Plague in India, 1896, 1897 - Volume 3
Year: 1896
Disease focus: Plague
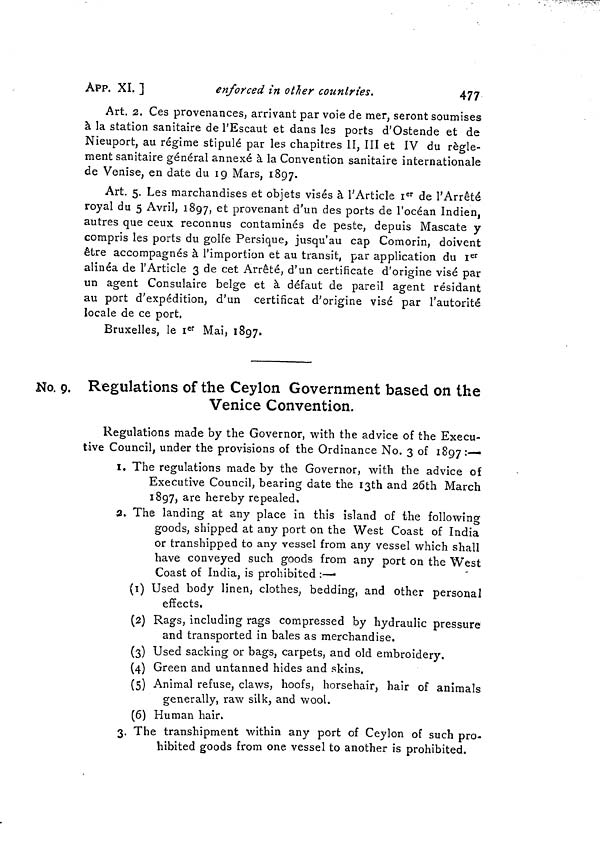
App. XI. ]
enforced in other countries.
477
Art. 2. Ces provenances, arrivant par voie de mer, seront soumises
à la station sanitaire de l'Escaut et dans les ports d'Ostende et de
Nieuport, au régime stipulé par les chapitres II, III et IV du règle-
ment sanitaire général annexé à la Convention sanitaire internationale
de Venise, en date du 19 Mars, 1897.
Art. 5. Les marchandises et objets visés à l'Article I er de l'Arrêté
royal du 5 Avril, 1897, et provenant d'un des ports de l'océan Indien,
autres que ceux reconnus contaminés de peste, depuis Máscate y
compris les ports du golfe Persique, jusqu'au cap Comorin, doivent
être accompagnés à l'importion et au transit, par application du I er
alinéa de l'Article 3 de cet Arrêté, d'un certificate d'origine visé par
un agent Consulaire belge et à défaut de pareil agent résidant
au port d'expédition, d'un certificat d'origine visé par l'autorité
locale de ce port.
Bruxelles, le I er Mai, 1897.
Ko. 9. Regulations of the Ceylon Government based on the
Venice Convention.
Regulations made by the Governor, with the advice of the Execu-
tive Council, under the provisions of the Ordinance No. 3 of 1897 :—
1. The regulations made by the Governor, with the advice of
Executive Council, bearing date the I3th and 26th March
1897, are hereby repealed.
2. The landing at any place in this island of the following
goods, shipped at any port on the West Coast of India
or transhipped to any vessel from any vessel which shall
have conveyed such goods from any port on the West
Coast of India, is prohibited :—
(1) Used body linen, clothes, bedding, and other personal
effects.
(2) Rags, including rags compressed by hydraulic pressure
and transported in bales as merchandise.
(3) Used sacking or bags, carpets, and old embroidery.
(4) Green and untanned hides and skins,
(5) Animal refuse, claws, hoofs, horsehair, hair of animals
generally, raw silk, and wool.
(6) Human hair.
3. The transhipment within any port of Ceylon of such pro-
hibited goods from one vessel to another is prohibited.